Leaving Certificate Examination, 1916
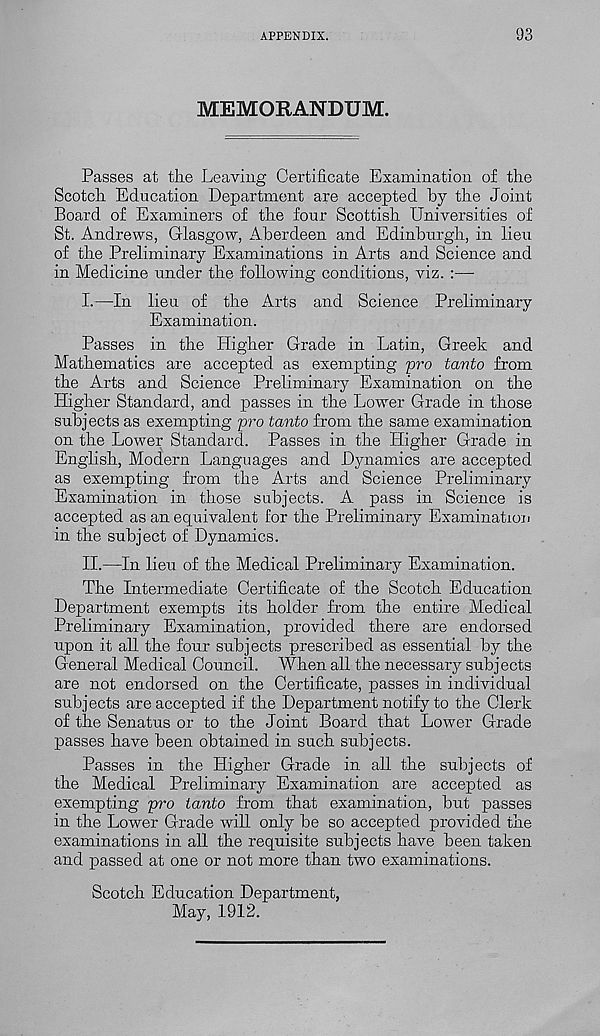
APPENDIX.
93
MEMORANDUM.
Passes at the Leaving Certificate Examination of the
Scotch Education Department are accepted by the Joint
Board of Examiners of the four Scottish Universities of
St. Andrews, Glasgow, Aberdeen and Edinburgh, in lieu
of the Preliminary Examinations in Arts and Science and
in Medicine under the following conditions, viz. :—
I.
—In lieu of the Arts and Science
Examination.
Passes in the Higher Grade in Latin, Greek and
Mathematics are accepted as exempting pro tavto from
the Arts and Science Preliminary Examination on the
Higher Standard, and passes in the Lower Grade in those
subjects as exempting 'pro tanto from the same examination
on the Lower Standard. Passes in the Higher Grade in
English, Modern Languages and Dynamics are accepted
as exempting from the Arts and Science Preliminary
Examination in those subjects. A pass in Science is
accepted as an equivalent for the Preliminary Examination
in the subject of Dynamics.
II.
—In lieu of the Medical Preliminary
The Intermediate Certificate of the Scotch Education
Department exempts its holder from the entire Medical
Preliminary Examination, provided there are endorsed
upon it all the four subjects prescribed as essential by the
General Medical Council. When all the necessary subj ects
are not endorsed on the Certificate, passes in individual
subjects are accepted if the Department notify to the Clerk
of the Senatus or to the Joint Board that Lower Grade
passes have been obtained in such subjects.
Passes in the Higher Grade in all the subjects of
the Medical Preliminary Examination are accepted as
exempting pro tanto from that examination, but passes
in the Lower Grade will only be so accepted provided the
examinations in all the requisite subjects have been taken
and passed at one or not more than two examinations.
Scotch Education Department,
May, 1912.